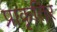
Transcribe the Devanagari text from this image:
प्राकृतिर